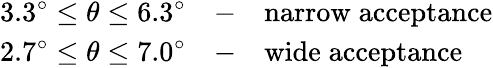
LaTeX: \begin{array}{lll}{{3.3^{\circ}\leq\theta\leq 6.3^{\circ}}}&{{-}}&{{\mathrm{narrow\; acceptance}}}\\ {{2.7^{\circ}\leq\theta\leq 7.0^{\circ}}}&{{-}}&{{\mathrm{wide\; acceptance}}}\end{array}